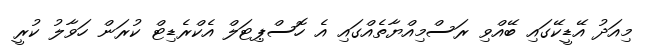
މިއަދު އޭޑީކޭގައި ބޭއްވި ރަސްމިއްޔާތެއްގައި އެ ހޮސްޕިޓަލް އެކްރެޑިޓް ކުރަން ހަވާލު ކުރީ